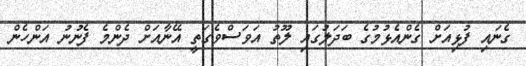
ގެނައި ފުޅިއަށް ގެންއެޅުމުގެ ބަދަލުގައި ލޫތު އަވަސްވެގަތީ އޭނާއަށް ދެންމެ ފެނުނު އަންހެން